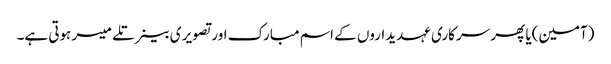
(آمین)یا پھر سرکاری عہدیداروں کے اسم مبارک اور تصویر ی بینر تلے میسر ہوتی ہے۔